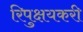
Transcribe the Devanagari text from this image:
रिपुक्षयकरी